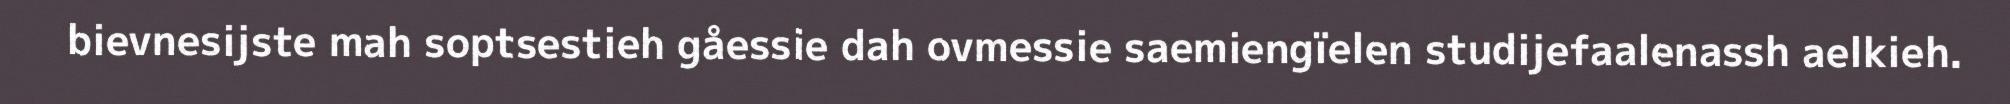
bievnesijste mah soptsestieh gåessie dah ovmessie saemiengïelen studijefaalenassh aelkieh.